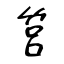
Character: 筥